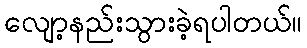
လျော့နည်းသွားခဲ့ရပါတယ်။